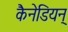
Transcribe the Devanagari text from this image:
कैनेडियन्